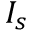
I _ { s }